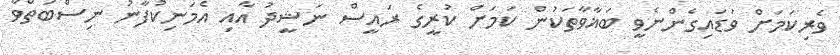
ވެރިކަމަށް ވަޑައިގެންނެވީ ބަޣާވާތަކުން ކަމަށް ކުރީގެ ރައީސް ނަޝީދު އާއި އެމަނިކުފާނު ނިސްބަތްވާ